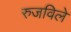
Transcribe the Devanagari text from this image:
रुजविले